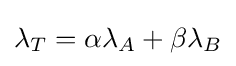
\lambda _{T}=\alpha \lambda _{A}+\beta \lambda _{B}